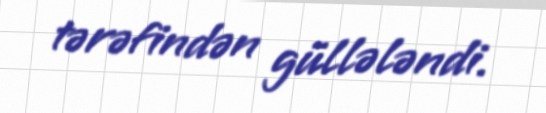
tərəfindən güllələndi.